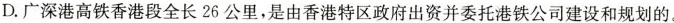
D.广深港高铁香港段全长26公里，是由香港特区政府出资并委托港铁公司建设和规划的。